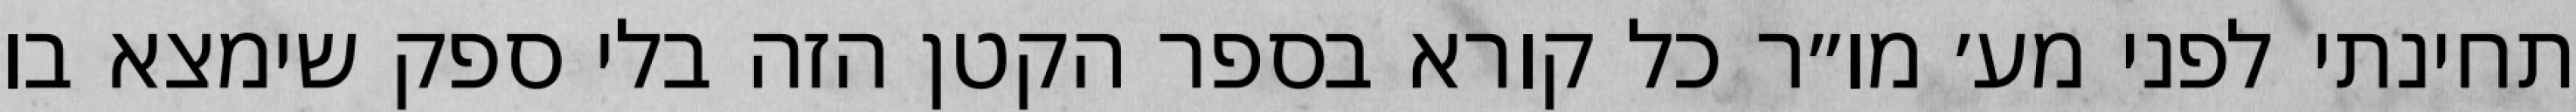
תחינתי לפני מע׳ מו״ר כל קורא בספר הקטן הזה בלי ספק שימצא בו